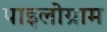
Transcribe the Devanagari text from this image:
पाइलोग्राम